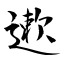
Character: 遬